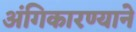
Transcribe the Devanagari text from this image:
अंगिकारण्याने